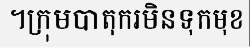
។ក្រុមបាតុករមិនទុកមុខ